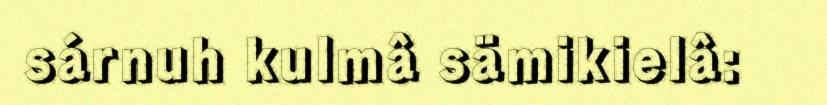
sárnuh kulmâ sämikielâ: